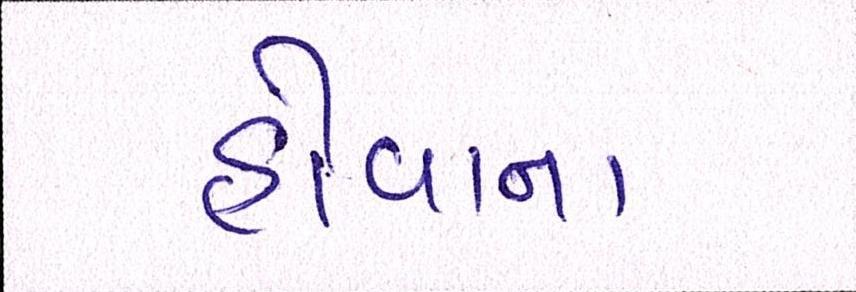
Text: હોવાનાં